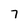
Character: 7